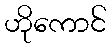
ဟိုကောင်